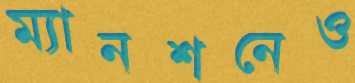
ম্যানশনেও